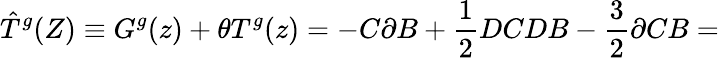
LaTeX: \hat{T}^{g}(Z)\equiv G^{g}(z)+\theta T^{g}(z)=-C\partial B+\frac{1}{2}DCDB-\frac{3}{2}\partial CB=